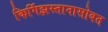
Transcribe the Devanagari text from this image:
किर्गिझस्तानासोबत